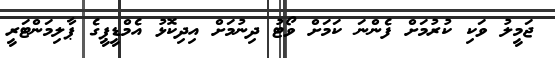
ޖަމީލު ވަކި ކުރުމަށް ފެންނަ ކަމަށް ވޯޓު ދިނުމަށް އިދިކޮޅު އެމްޑީޕީގެ ޕާލިމަންޓަރީ